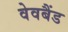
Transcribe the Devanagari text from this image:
वेवबैंड